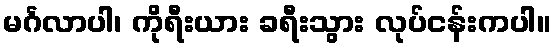
မင်္ဂလာပါ၊ ကိုရီးယား ခရီးသွား လုပ်ငန်းကပါ။